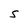
Character: S